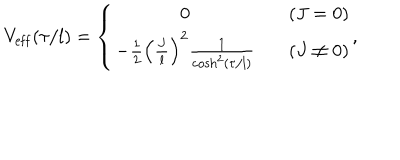
V _ { \mathrm { e f f } } ( \tau / l ) = \left\{ \begin{array} { c l } { { 0 } } & { { ( J = 0 ) } } \\ { { - \frac { 1 } { 2 } \left( \frac { J } { l } \right) ^ { 2 } \frac { 1 } { \cosh ^ { 2 } ( \tau / l ) } } } & { { ( J \neq 0 ) } } \\ \end{array} , \right.